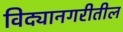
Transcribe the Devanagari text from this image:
विद्यानगरीतील